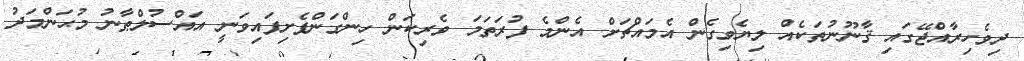
ދިވެހިރާއްޖޭގައި ޤާނޫނުތަކެއް ލިޔެވިގެން އެމައްޗަށް އެންމެ ފުރަތަމަ ވެރިކަން ހިންގަންފެށިފައިވަނީ އައްސުލްޠާނު މުޙަންމަދު